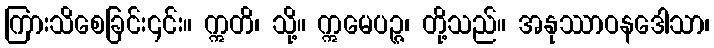
ကြားသိစေခြင်း၎င်း။ ဣတိ၊ သို့။ ဣမေပဉ္ဇ၊ တို့သည်။ အနုဿာဝနဒေါသာ၊